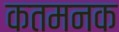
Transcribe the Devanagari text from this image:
कतमनक